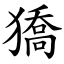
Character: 獢